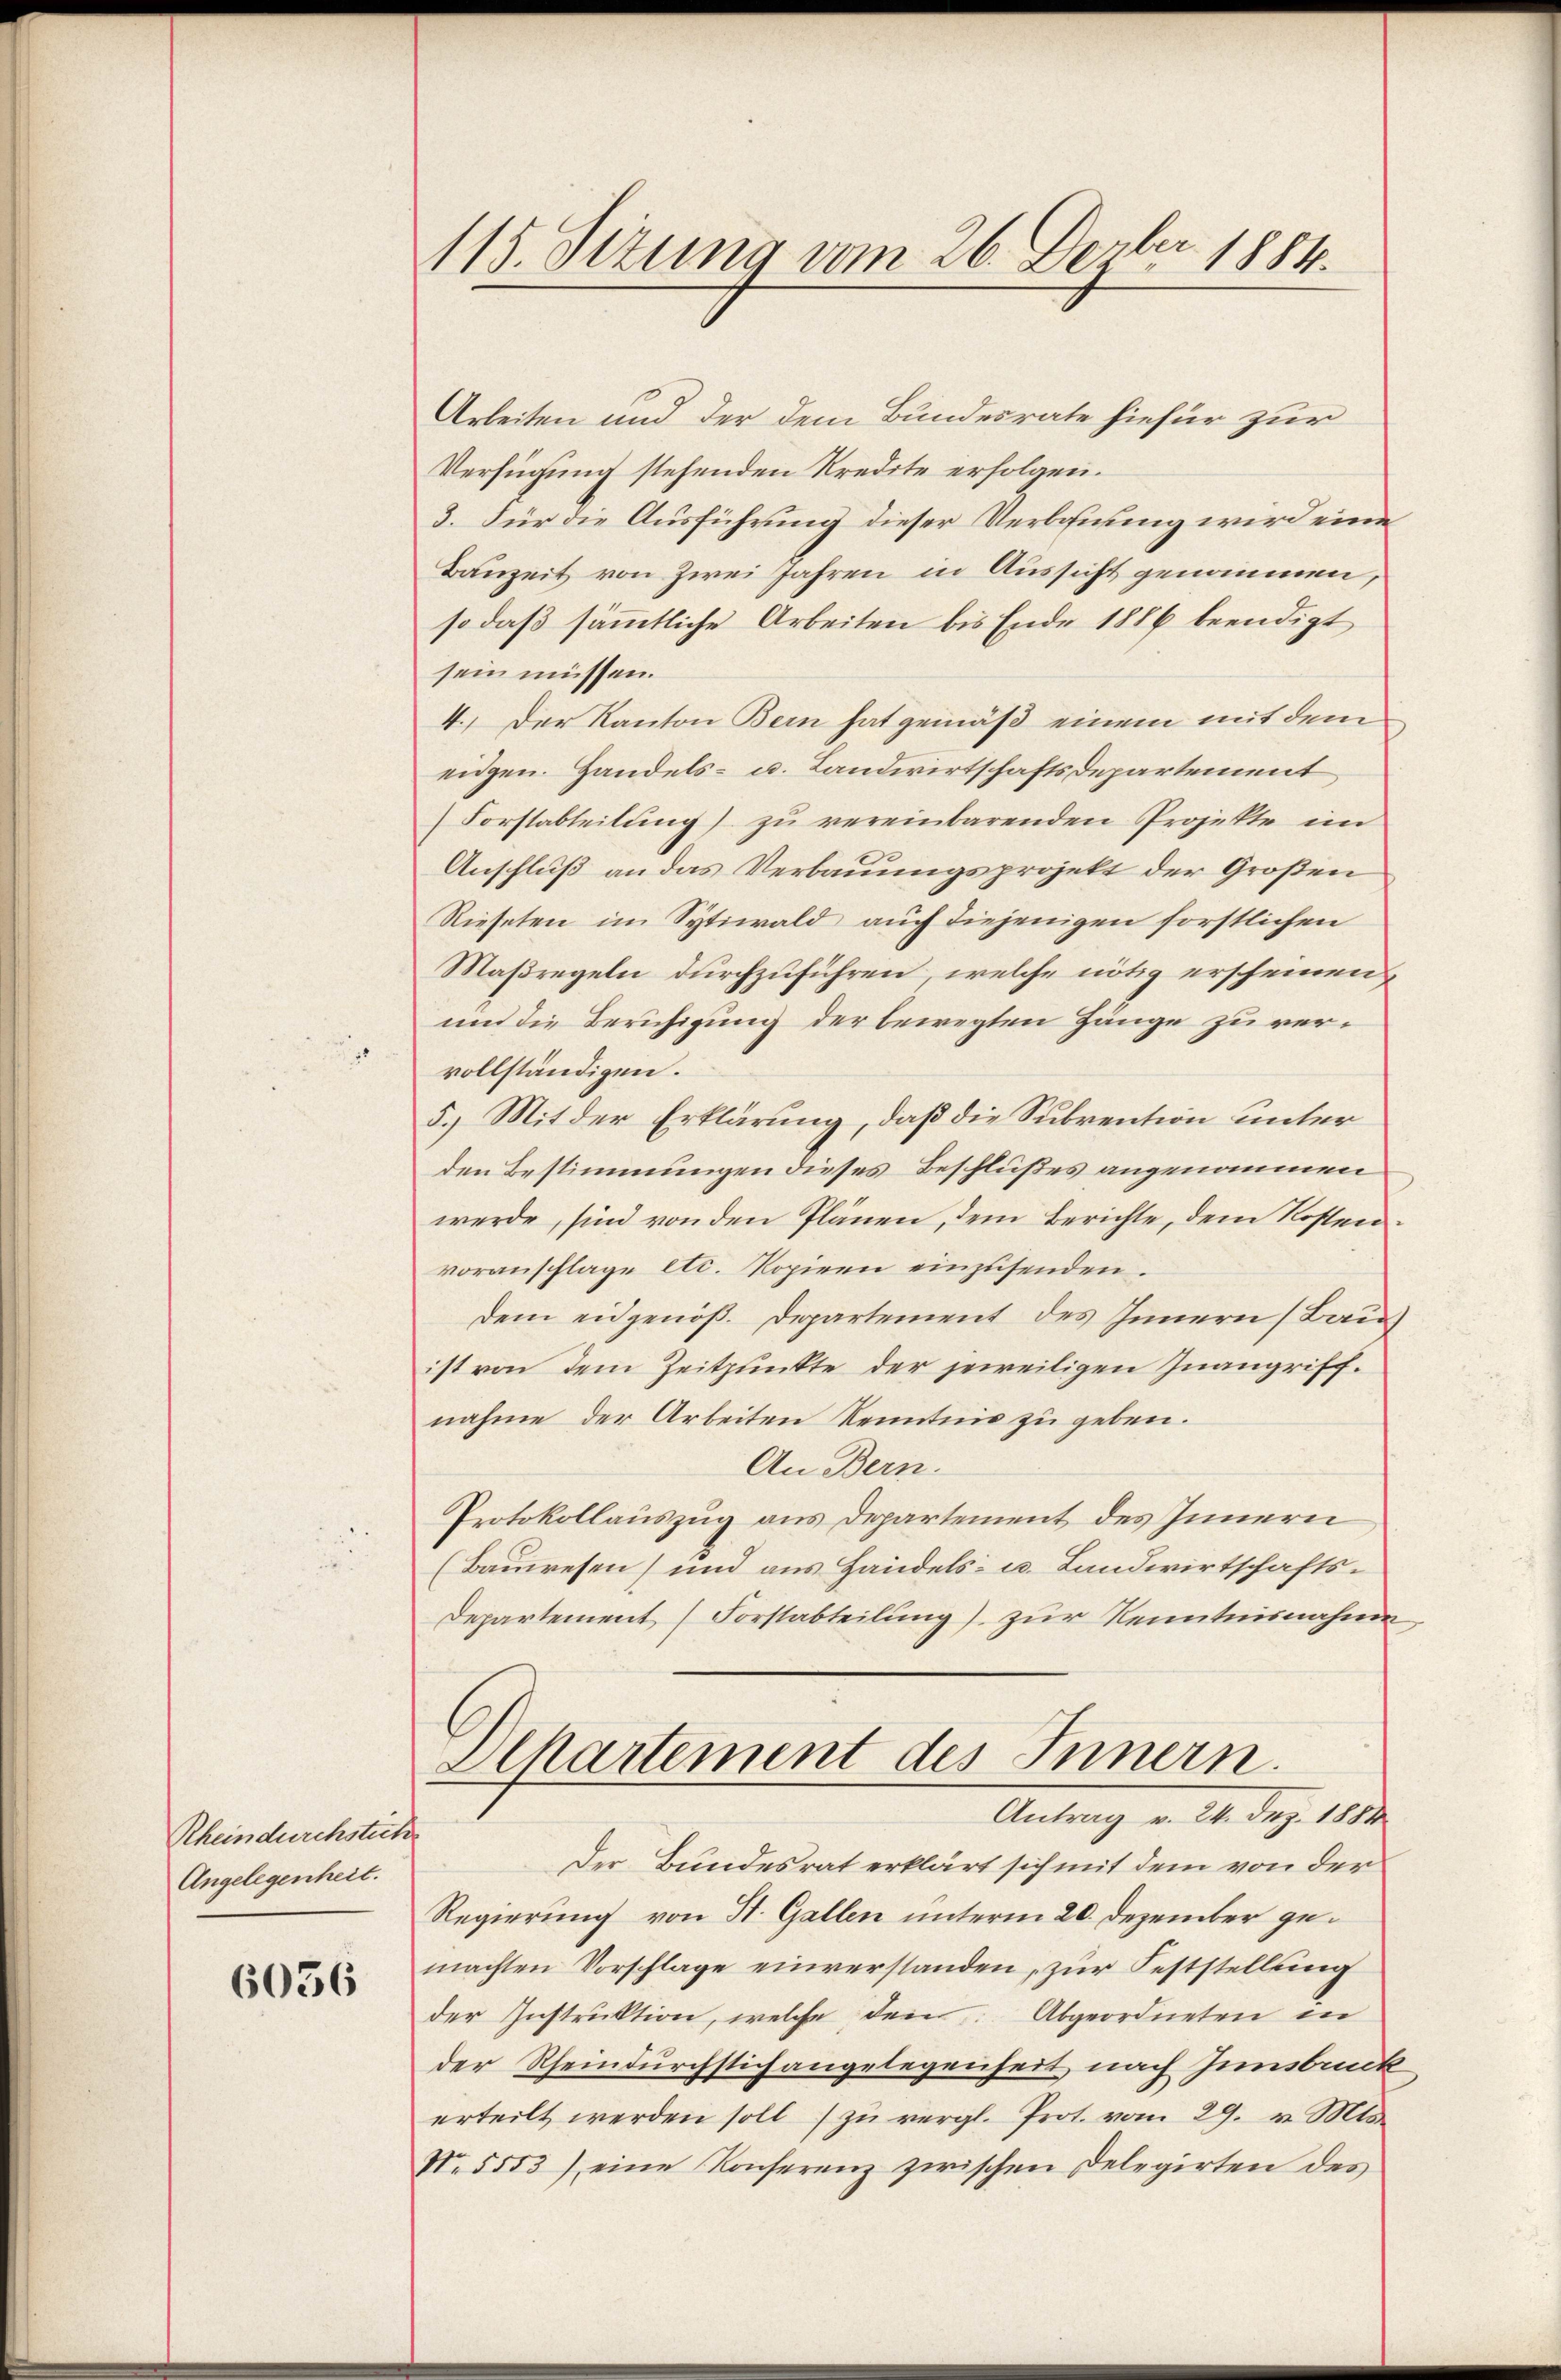
Rheindurchstich
Angelegenheit.

6056

115. Sizung vom 26. Derber 1884.

Arbeiten und der dem Bundesrate hiefür zur
Verfügung stehenden Kredite erfolgen.
3. Für die Ausführung dieser Verbauung wird eine
Bauzeit von Zwei Jahren in Aussicht genommen,
so daß sämmtliche Arbeiten bis Ende 1886 beendigt
sein müssen.
4.) Der Kanton Bern hat gemäß einem mit dem
eidgen. Handels- u. Landwirtschaftsdepartement
Forstabteilung) zu vereinbarenden Projekte im
Anschluß an das Verbauungsprojekt der Großen
Rieselen im Sytiwald auch diejenigen forstlichen
Maßregeln durchzuführen, welche nötig erscheinen,
und die Beruhigung der bewegten Hänge zu vervollständigen.
5.) Mit der Erklärung, daß die Subvention unter
den Bestimmungen dieses Beschlußes angenommen
werde, sind von den Plänen, dem Berichte, dem Kosten
voranschlage etc. Kopiern einzusenden.
dem eidgenöß. Departement des Innern (Bau
ist von dem Zeitpunkte der jeweiligen Inangriff.
nahme der Arbeiten Kenntnis zu geben.
An Bern.
Protokollauszug aus Departement des Innern
(Bauwesen und aus Handels- u. Landwirtschafts¬
Departement (Forstabteilung) zur Kenntnisnahmen
Dchartement des Innern.
Antrag v. 24. dez. 1810.
Der Bundesrat erklärt sich mit dem von der
Regierung von St. Gallen unterm 20. Dezember gemachten Vorschlage einverstanden, zur Feststellung
der Instruktion, welche den Abgeordneten in
der Rheindurchstich angelegenheit nach Innsbruk
erteilt werden soll zŭ vergl. Prot. vom 29. v. Mts.
No. 5553) eine Konferenz zwischen Delegirten des

¬